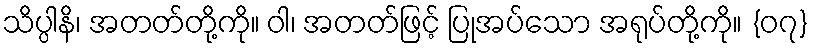
သိပ္ပါနိ၊ အတတ်တို့ကို။ ဝါ၊ အတတ်ဖြင့် ပြုအပ်သော အရုပ်တို့ကို။ {၀၇}